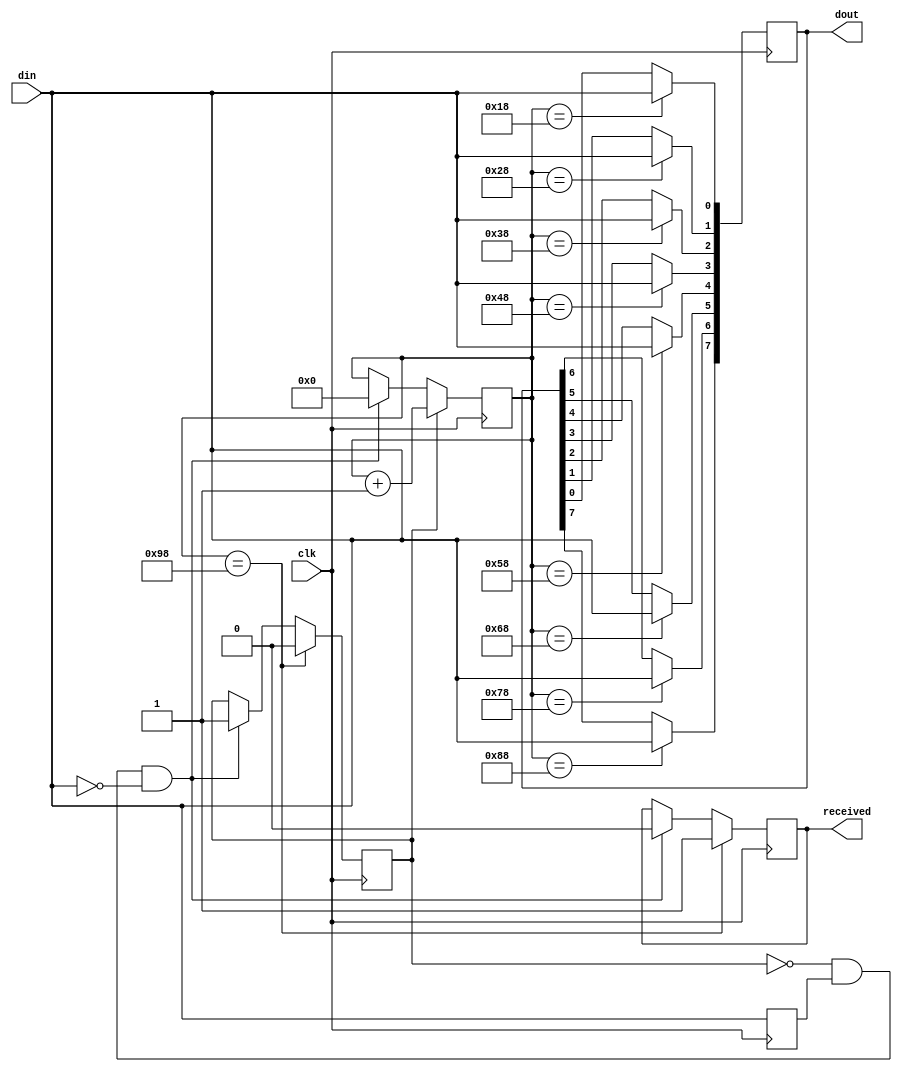
`timescale 1ns / 1ps
//////////////////////////////////////////////////////////////////////////////////
// Company: 
// Engineer: 
// 
// Design Name: 
// Module Name: receiver
// Project Name: 
// Target Devices: 
// Tool Versions: 
// Description: 
// 
// Dependencies: 
// 
// Revision:
// Revision 0.01 - File Created
// Additional Comments:
// 
//////////////////////////////////////////////////////////////////////////////////


module receiver(
    output reg [7:0] dout,
    output reg received,
    input wire din,
    input wire clk
);

    reg last;
    reg receiving;
    reg [7:0] count;

    initial begin
        receiving <= 0;
        count <= 0;
    end

    always @(posedge clk) begin
        if(!receiving && last && !din) begin
            receiving <= 1;
            received <= 0;
            count <= 0;
        end

        last <= din;

        if(receiving) count <= count+1;
        case (count)
            8'd24: dout[0] <= din;
            8'd40: dout[1] <= din;
            8'd56: dout[2] <= din;
            8'd72: dout[3] <= din;
            8'd88: dout[4] <= din;
            8'd104: dout[5] <= din;
            8'd120: dout[6] <= din;
            8'd136: dout[7] <= din;
            8'd152: begin received <= 1; receiving <= 0; end
        endcase
    end

endmodule